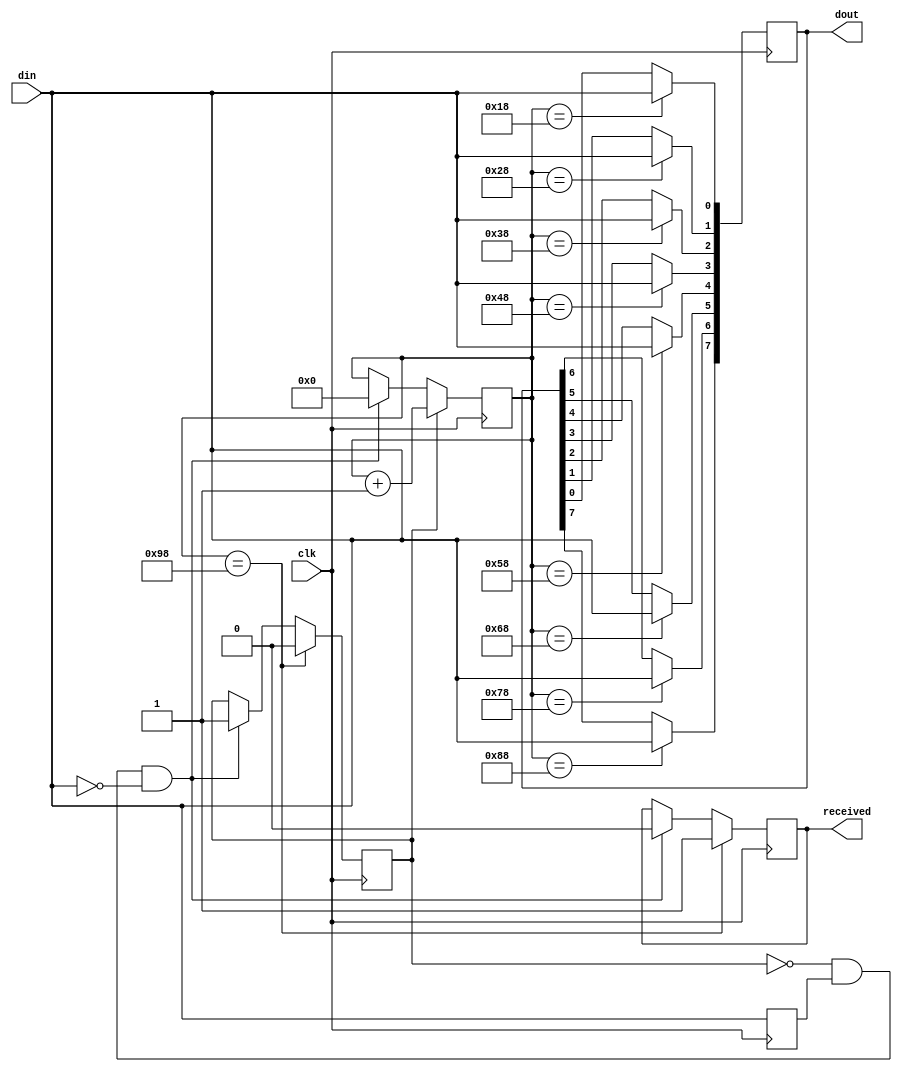
`timescale 1ns / 1ps
//////////////////////////////////////////////////////////////////////////////////
// Company: 
// Engineer: 
// 
// Design Name: 
// Module Name: receiver
// Project Name: 
// Target Devices: 
// Tool Versions: 
// Description: 
// 
// Dependencies: 
// 
// Revision:
// Revision 0.01 - File Created
// Additional Comments:
// 
//////////////////////////////////////////////////////////////////////////////////


module receiver(
    output reg [7:0] dout,
    output reg received,
    input wire din,
    input wire clk
);

    reg last;
    reg receiving;
    reg [7:0] count;

    initial begin
        receiving <= 0;
        count <= 0;
    end

    always @(posedge clk) begin
        if(!receiving && last && !din) begin
            receiving <= 1;
            received <= 0;
            count <= 0;
        end

        last <= din;

        if(receiving) count <= count+1;
        case (count)
            8'd24: dout[0] <= din;
            8'd40: dout[1] <= din;
            8'd56: dout[2] <= din;
            8'd72: dout[3] <= din;
            8'd88: dout[4] <= din;
            8'd104: dout[5] <= din;
            8'd120: dout[6] <= din;
            8'd136: dout[7] <= din;
            8'd152: begin received <= 1; receiving <= 0; end
        endcase
    end

endmodule